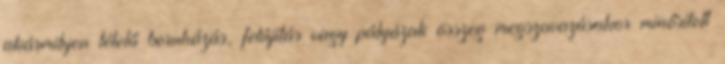
akármilyen tételű beruházás, felújítás vagy pályázati összeg megszavazásakor minősített